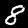
Digit: 8